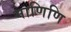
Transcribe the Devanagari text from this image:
माणिणि